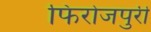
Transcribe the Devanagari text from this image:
फिरोजपुरी